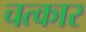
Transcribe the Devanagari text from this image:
चत्कार